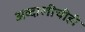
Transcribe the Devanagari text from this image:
अब्दालीचीही